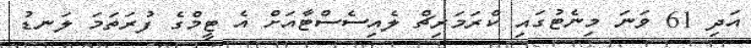
އަދި 61 ވަނަ މިނެޓުގައި ކްރަމަރިޗް ލެއިސެސްޓާއަށް އެ ޓީމްގެ ފުރަތަމަ ލަނޑު